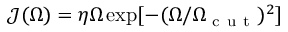
\mathcal { J } ( \Omega ) = \eta \Omega \exp [ - ( \Omega / \Omega _ { \mathrm { ~ c ~ u ~ t ~ } } ) ^ { 2 } ]